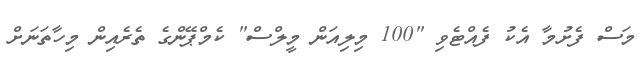
މަސް ފެށުމާ އެކު ފެއްޓެވި "100 މިލިއަން މީލްސް" ކެމްޕޭންގެ ތެރެއިން މިހާތަނަށް